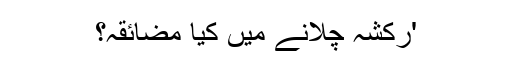
'رکشہ چلانے میں کیا مضائقہ؟